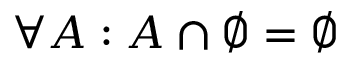
\forall A : A \cap \varnothing = \varnothing